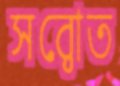
সর্বোত